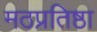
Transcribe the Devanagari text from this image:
मठप्रतिष्ठा